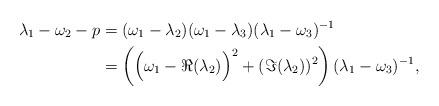
LaTeX: \begin{align*} \lambda_1-\omega_2-p &= (\omega_1-\lambda_2)(\omega_1-\lambda_3)(\lambda_1-\omega_3)^{-1} \\ &= \left( \Bigl( \omega_1-\Re(\lambda_2) \Bigr)^2 +(\Im(\lambda_2))^2 \right) (\lambda_1-\omega_3)^{-1},\end{align*}